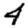
Digit: 4